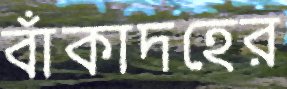
বাঁকাদহের